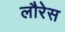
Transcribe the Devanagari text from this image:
लौरेस